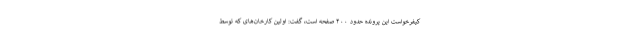
کیفرخواست این پرونده حدود ۴۰۰ صفحه است، گفت: اولین کارخان‌های که توسط